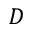
D